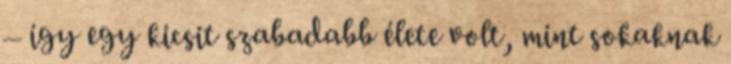
– így egy kicsit szabadabb élete volt, mint sokaknak